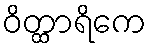
ဝိတ္ထာရိကေ